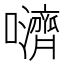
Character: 𫬵